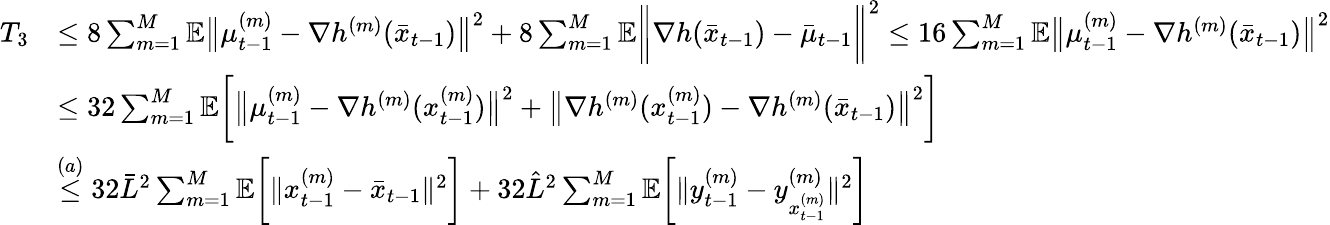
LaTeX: \begin{array}{rl}{T_{3}}&{\leq 8\sum_{m=1}^{M}\mathbb{E}\big\| \mu_{t-1}^{(m)}-\nabla h^{(m)}(\bar{x}_{t-1})\big\| ^{2}+8\sum_{m=1}^{M}\mathbb{E}\bigg\| \nabla h(\bar{x}_{t-1})-\bar{\mu}_{t-1}\bigg\| ^{2}\leq 16\sum_{m=1}^{M}\mathbb{E}\big\| \mu_{t-1}^{(m)}-\nabla h^{(m)}(\bar{x}_{t-1})\big\| ^{2}}\\ &{\leq 32\sum_{m=1}^{M}\mathbb{E}\bigg[\big\| \mu_{t-1}^{(m)}-\nabla h^{(m)}(x_{t-1}^{(m)})\big\| ^{2}+\big\| \nabla h^{(m)}(x_{t-1}^{(m)})-\nabla h^{(m)}(\bar{x}_{t-1})\big\| ^{2}\bigg]}\\ &{\overset{(a)}{\leq}32\bar{L}^{2}\sum_{m=1}^{M}\mathbb{E}\bigg[\| x_{t-1}^{(m)}-\bar{x}_{t-1}\| ^{2}\bigg]+32\hat{L}^{2}\sum_{m=1}^{M}\mathbb{E}\bigg[\| y_{t-1}^{(m)}-y_{x_{t-1}^{(m)}}^{(m)}\| ^{2}\bigg]}\end{array}